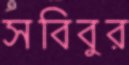
সবিবুর